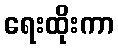
ရေးထိုးကာ